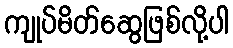
ကျုပ်မိတ်ဆွေဖြစ်လို့ပါ